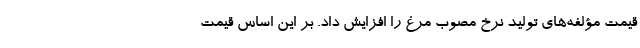
قیمت مؤلفه‌های تولید نرخ مصوب مرغ را افزایش داد. بر این اساس قیمت